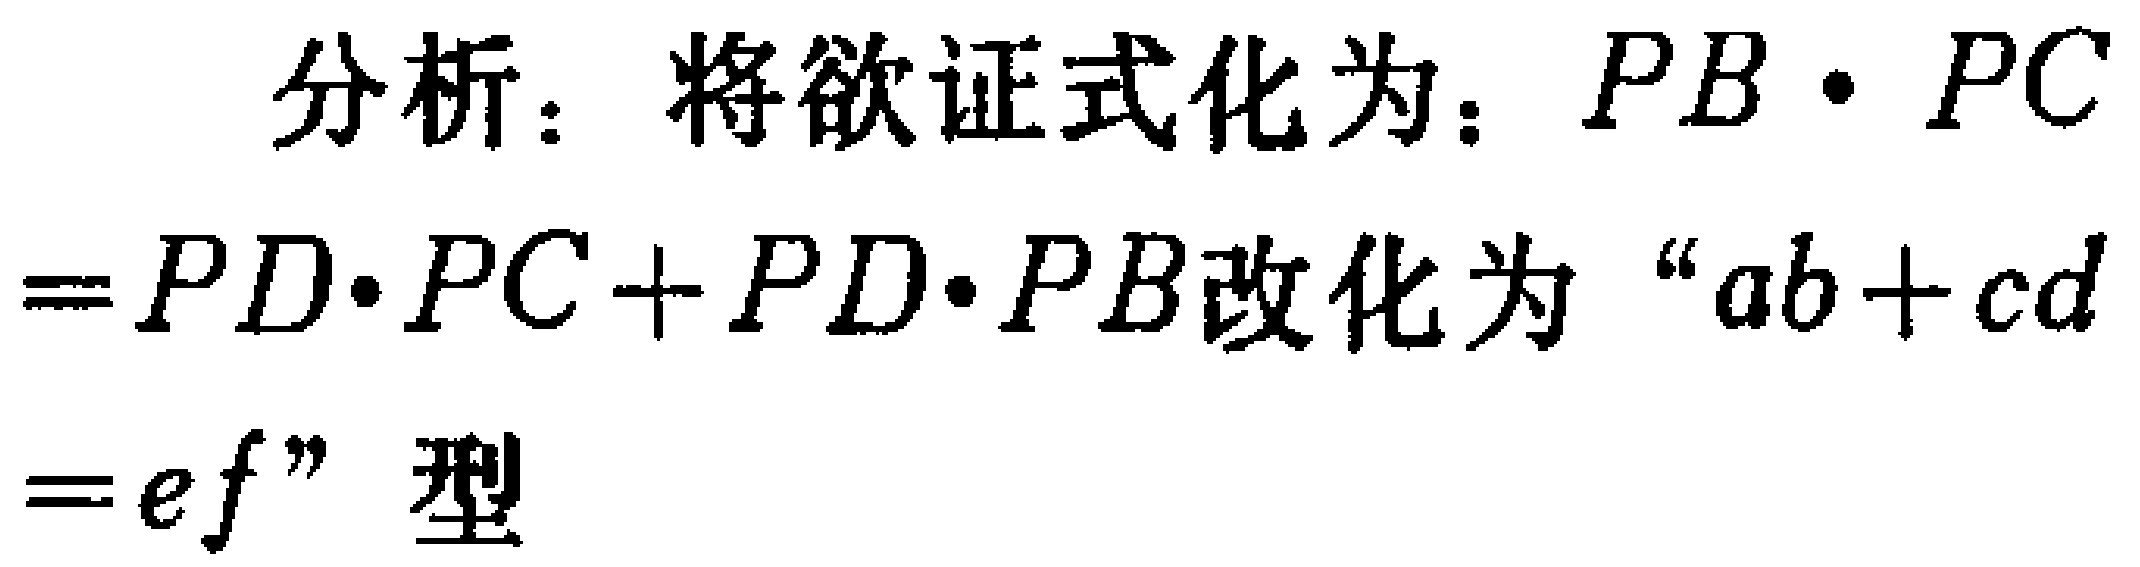
分析：将欲证式化为：\(PB\cdot PC = PD\cdot PC + PD\cdot PB\)改化为“\(ab + cd = ef\)”型